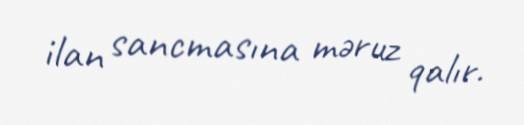
ilan sancmasına məruz qalır.